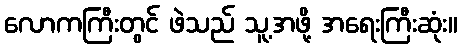
လောကကြီးတွင် ဖဲသည် သူ့အဖို့ အရေးကြီးဆုံး။